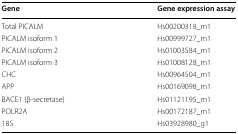
<table><thead><tr><td><b>Gene</b></td><td><b>Gene expression assay</b></td></tr></thead><tbody><tr><td>Total PICALM</td><td>Hs00200318_m1</td></tr><tr><td>PICALM isoform 1</td><td>Hs00999727_m1</td></tr><tr><td>PICALM isoform 2</td><td>Hs01003584_m1</td></tr><tr><td>PICALM isoform 3</td><td>Hs01008128_m1</td></tr><tr><td>CHC</td><td>Hs00964504_m1</td></tr><tr><td>APP</td><td>Hs00169098_m1</td></tr><tr><td>BACE1 (β-secretase)</td><td>Hs01121195_m1</td></tr><tr><td>POLR2A</td><td>Hs00172187_m1</td></tr><tr><td>18S</td><td>Hs03928980_g1</td></tr></tbody></table>